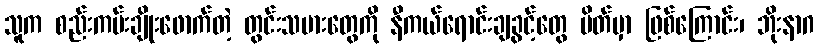
သူက စည်းကမ်းချိုးဖောက်တဲ့ တွင်းသမားတွေကို နီကယ်ရောင်းချခွင့်တွေ ပိတ်မှာ ဖြစ်ကြောင်း၊ ဘိုးနာဂ